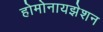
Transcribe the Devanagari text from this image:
होमोनायझेशन